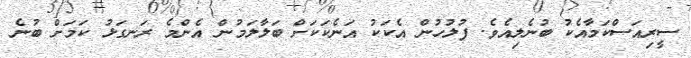
ސީރިއަސްކަމާއެކު ބުުނެލިއެވެ. ފުލުހުން އެކަކު އަނެކަކަށް ބަލާލަމުން އެންމެ ރަނގަޅު ކަމަށް ބުނެ